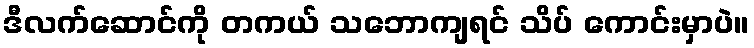
ဒီလက်ဆောင်ကို တကယ် သဘောကျရင် သိပ် ကောင်းမှာပဲ။